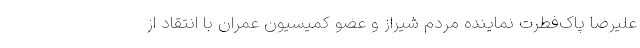
علیرضا پاک‌فطرت نماینده مردم شیراز و عضو کمیسیون عمران با انتقاد از